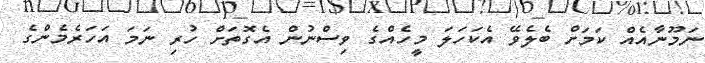
ނަމޫނާއެއް ކަމަށް ބެލެވޭ އެކަހަލަ މީހެއްގެ ވިސްނުން އެގޮތަށް ހުރި ނަމަ އަހަރެމެންގެ